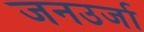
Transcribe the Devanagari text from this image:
जनउर्जा